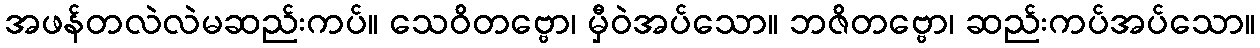
အဖန်တလဲလဲမဆည်းကပ်။ သေဝိတဗ္ဗော၊ မှီဝဲအပ်သော။ ဘဇိတဗ္ဗော၊ ဆည်းကပ်အပ်သော။